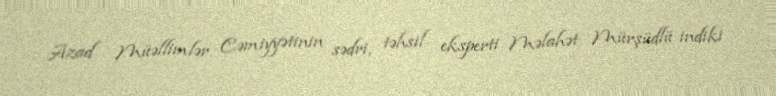
Azad Müəllimlər Cəmiyyətinin sədri, təhsil eksperti Məlahət Mürşüdlü indiki